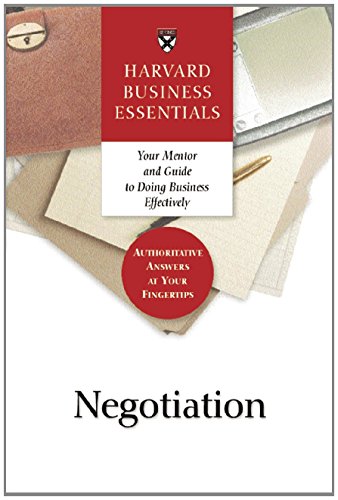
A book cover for Negotiation (Harvard Business Essentials Series); Michael Wheeler; Business & Money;